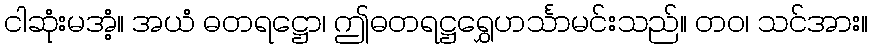
ငါဆုံးမအံ့။ အယံ ဓတရဋ္ဌော၊ ဤဓတရဋ္ဌရွှေဟင်္သာမင်းသည်။ တဝ၊ သင်အား။